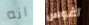
انه آغوس